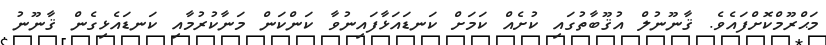
މަޙްރޫމްކޮށްފައެވެ. ޤާނޫނުލް އުޤޫބާތުގައި ކުށެއް ކަމަށް ކަނޑައަޅާފައިނުވާ ކަންކަން މަނާކުރުމާއި ކަނޑައެޅިގެން ޤާނޫނު